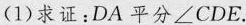
(1)求证：DA平分∠CDE.